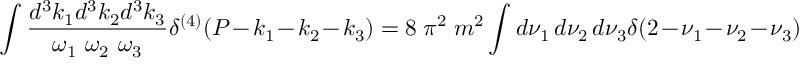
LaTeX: \int \frac { d ^ { 3 } k _ { 1 } d ^ { 3 } k _ { 2 } d ^ { 3 } k _ { 3 } } { \omega _ { 1 } \ \omega _ { 2 } \ \omega _ { 3 } } \delta ^ { ( 4 ) } ( P - k _ { 1 } - k _ { 2 } - k _ { 3 } ) = 8 \ \pi ^ { 2 } \ m ^ { 2 } \int d \nu _ { 1 } \, d \nu _ { 2 } \, d \nu _ { 3 } \delta ( 2 - \nu _ { 1 } - \nu _ { 2 } - \nu _ { 3 } )